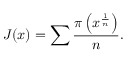
J ( x ) = \sum { \frac { \pi \left( x ^ { \frac { 1 } { n } } \right) } { n } } .